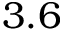
3 . 6